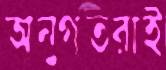
অনুগতরাই